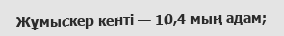
Жұмыскер кенті — 10,4 мың адам;